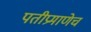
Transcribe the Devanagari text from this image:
पतीप्रमाणेच